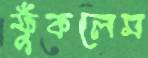
ফুঁকলেম